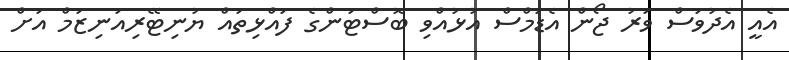
އެއީ އެދުވަސް ވަރު ޖޯން އެޑަމްސް އުޅުއްވި ބޮސްޓަންގެ ފައްޅިތައް ޔުނިޓޭރިއަނިޒަމް އަށް